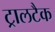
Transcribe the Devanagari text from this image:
ट्रालटैक